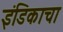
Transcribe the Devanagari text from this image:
इंडिकाचा